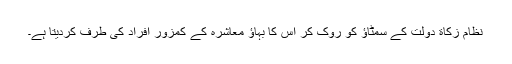
نظام زکاة دولت کے سمٹاؤ کو روک کر اس کا بہاؤ معاشرہ کے کمزور افراد کی طرف کردیتا ہے۔